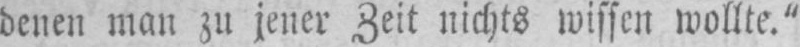
denen man zu jener Zeit nichts wissen wollte.“